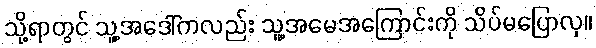
သို့ရာတွင် သူ့အဒေါ်ကလည်း သူ့အမေအကြောင်းကို သိပ်မပြောလှ။